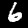
Digit: 6